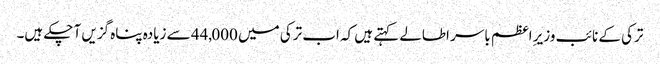
ترکی کے نائب وزیرِ اعظم باسر اطالے کہتے ہیں کہ اب ترکی میں 44,000 سے زیادہ پناہ گزیں آ چکے ہیں۔